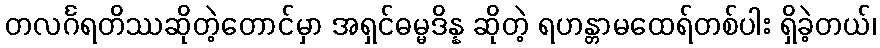
တလင်္ဂရတိဿဆိုတဲ့တောင်မှာ အရှင်ဓမ္မဒိန္န ဆိုတဲ့ ရဟန္တာမထေရ်တစ်ပါး ရှိခဲ့တယ်၊